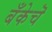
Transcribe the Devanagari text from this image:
बँकेचॆ